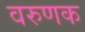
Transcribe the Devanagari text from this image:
वरुणक